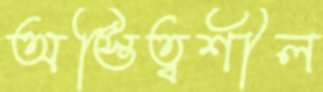
অস্তিত্বশীল